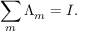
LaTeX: \sum _ { m } \Lambda _ { m } = I .